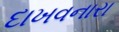
દાખવનારા